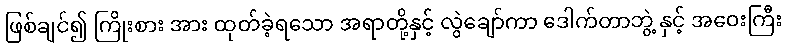
ဖြစ်ချင်၍ ကြိုးစား အား ထုတ်ခဲ့ရသော အရာတို့နှင့် လွဲချော်ကာ ဒေါက်တာဘွဲ့ နှင့် အဝေးကြီး